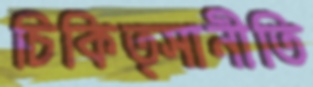
চিকিত্সানীতি